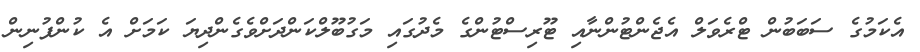
އެކަމުގެ ސަބަބުން ޓްރެވަލް އެޖެންޓުންނާއި ޓޫރިސްޓުންގެ މެދުގައި މަގުބޫލްކަންދަށްވެގެންދިޔަ ކަމަށް އެ ކުންފުނިން